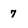
Character: 7